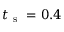
t _ { \mathrm { ~ s ~ } } = 0 . 4